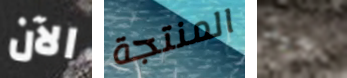
الآن المنتجة جيد